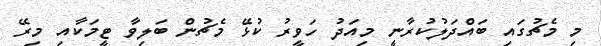
މި މެޗުގައި ބައްދަލުކުރާނީ މިއަދު ހަވީރު ކުޅޭ މެޗުން ބަލިވާ ޓީމަކާއި މިރޭ